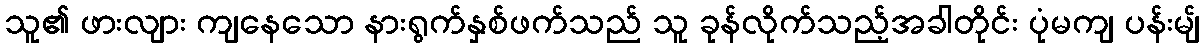
သူ၏ ဖားလျား ကျနေသော နားရွက်နှစ်ဖက်သည် သူ ခုန်လိုက်သည့်အခါတိုင်း ပုံမကျ ပန်းမျ်